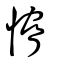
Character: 愶